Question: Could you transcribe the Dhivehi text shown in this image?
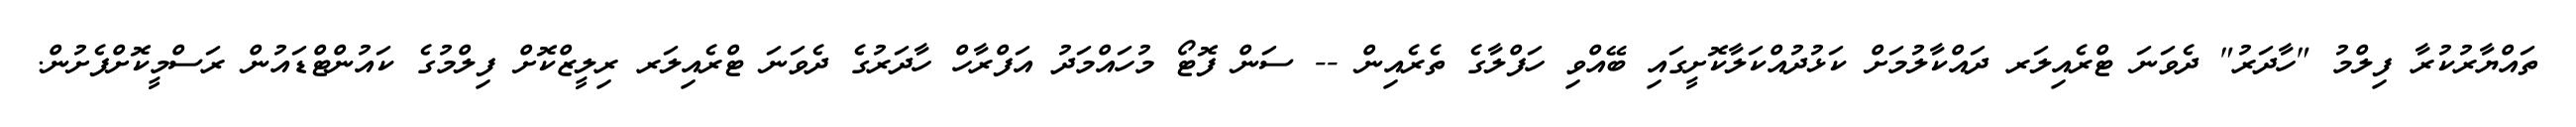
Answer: ތައްޔާރުކުރާ ފިލްމު "ހާދަރު" ދެވަނަ ޓްރެއިލަރ ދައްކާލުމަށް ކަޅުދުއްކަލާކޮށީގައި ބޭއްވި ހަފްލާގެ ތެރެއިން -- ސަން ފޮޓޯ މުހައްމަދު އަފްރާހް ހާދަރުގެ ދެވަނަ ޓްރެއިލަރ ރިލީޒްކޮށް ފިލްމުގެ ކައުންޓްޑައުން ރަސްމީކޮށްފެށުން.